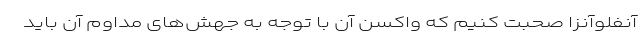
آنفلوآنزا صحبت کنیم که واکسن آن با توجه به جهش‌های مداوم آن باید